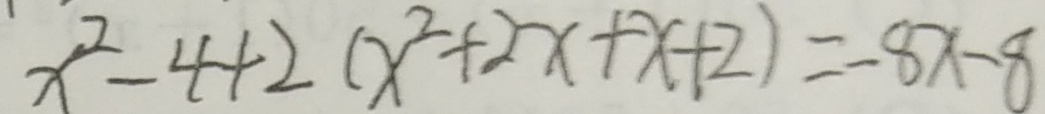
x ^ { 2 } - 4 + 2 ( x ^ { 2 } + 2 x + x + 2 ) = - 8 x - 8